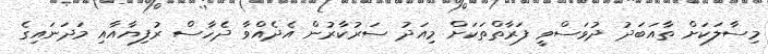
މިސާލަކަށް ތާއަބަދު ދުވަސްވީ ފަރާތްތަކަށް މިއަދު ސަރުކާރުން އެދެއްވާ ދެހާސް ރުފިޔާއާއި މަދަނައިގެ